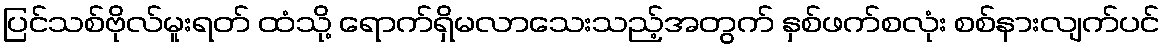
ပြင်သစ်ဗိုလ်မူးရတ် ထံသို့ ရောက်ရှိမလာသေးသည့်အတွက် နှစ်ဖက်စလုံး စစ်နားလျက်ပင်